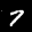
Label: 7